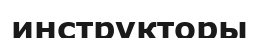
инструкторы